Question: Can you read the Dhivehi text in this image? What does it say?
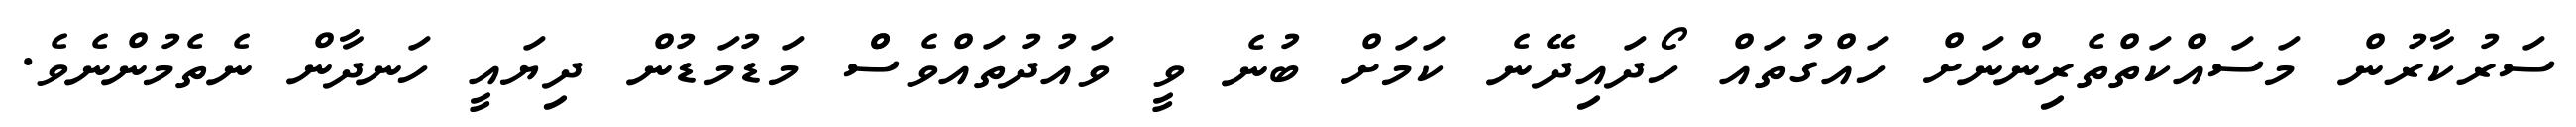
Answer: ސަރުކާރުން މަސައްކަތްތެރިންނަށް ހައްގުތައް ހޯދައިދޭނެ ކަމަށް ބުނެ ވީ ވައުދުތައްވެސްް މަޑުމަޑުން ދިޔައީ ހަނދާން ނެތެމުންނެވެ.